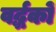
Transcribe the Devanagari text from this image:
वर्द्धकों